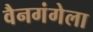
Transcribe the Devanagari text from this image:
वैनगंगेला